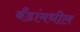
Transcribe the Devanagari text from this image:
बँडांमधील